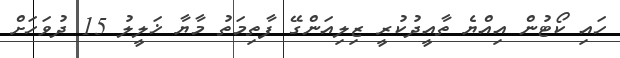
ހައި ކޯޓުން އިއްޔެ ތާއީދުކުރީ ޒިލިއަންގޭ ފާތިމަތު މާޔާ ޚަލީލު 15 ދުވަހަށް